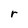
Character: r